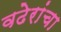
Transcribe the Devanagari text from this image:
वढेरांचा